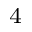
^ 4